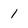
Character: 1